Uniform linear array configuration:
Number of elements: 64
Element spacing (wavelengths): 0.75
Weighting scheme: hamming
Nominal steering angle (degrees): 60
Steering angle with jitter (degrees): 58.821
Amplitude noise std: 0.05
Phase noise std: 0.05

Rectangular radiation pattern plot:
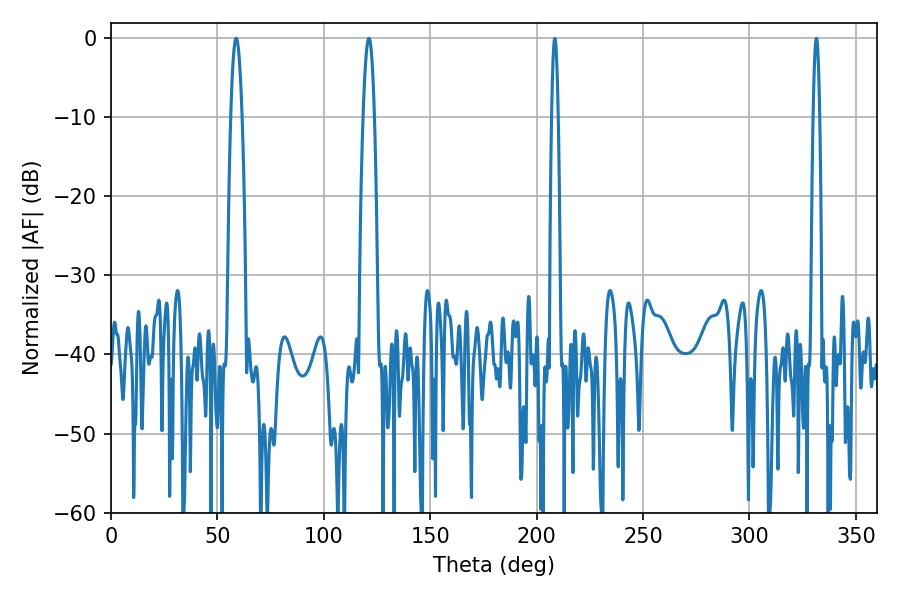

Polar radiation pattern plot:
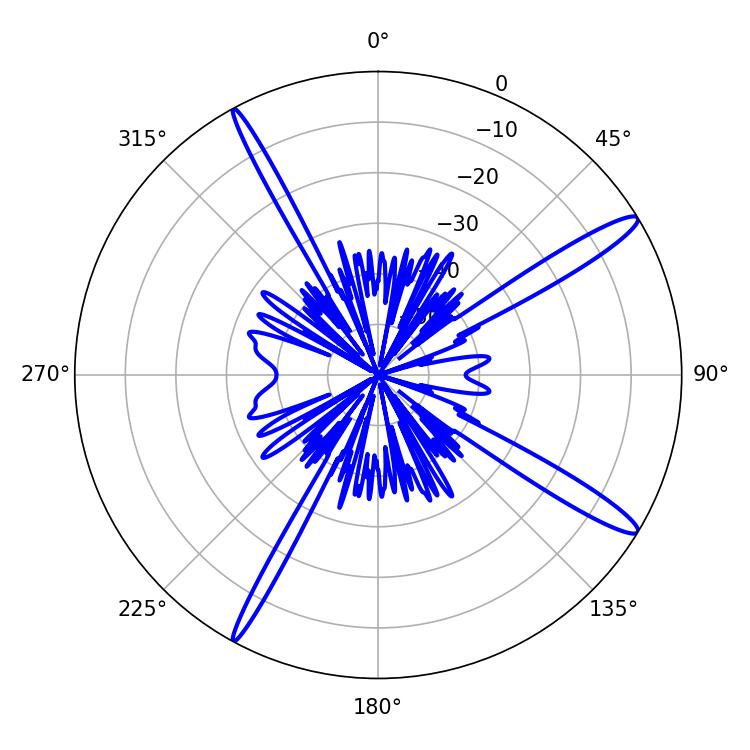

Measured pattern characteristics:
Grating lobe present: TRUE
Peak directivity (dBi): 14.962
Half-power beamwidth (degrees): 2.88
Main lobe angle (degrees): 58.86